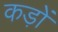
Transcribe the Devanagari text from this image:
कड़ों